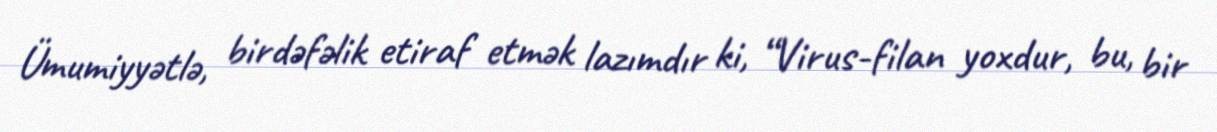
Ümumiyyətlə, birdəfəlik etiraf etmək lazımdır ki, “Virus-filan yoxdur, bu, bir